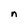
Character: n